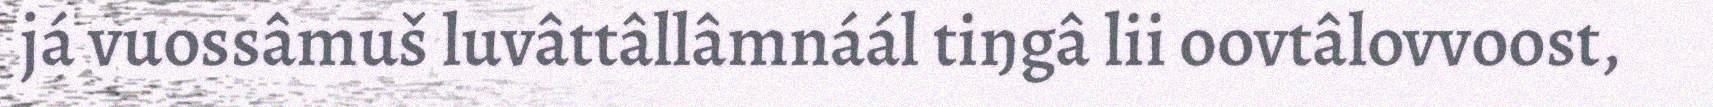
já vuossâmuš luvâttâllâmnáál tiŋgâ lii oovtâlovvoost,